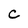
Character: c